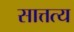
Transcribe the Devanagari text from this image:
सात्तत्य